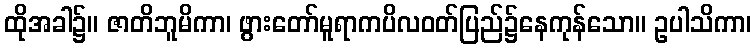
ထိုအခါ၌။ ဇာတိဘူမိကာ၊ ဖွားတော်မူရာကပိလဝတ်ပြည်၌နေကုန်သော။ ဥပါသိကာ၊